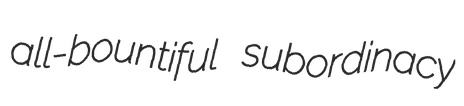
all-bountiful subordinacy